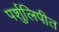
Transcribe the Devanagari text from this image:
पर्शुलिपीत